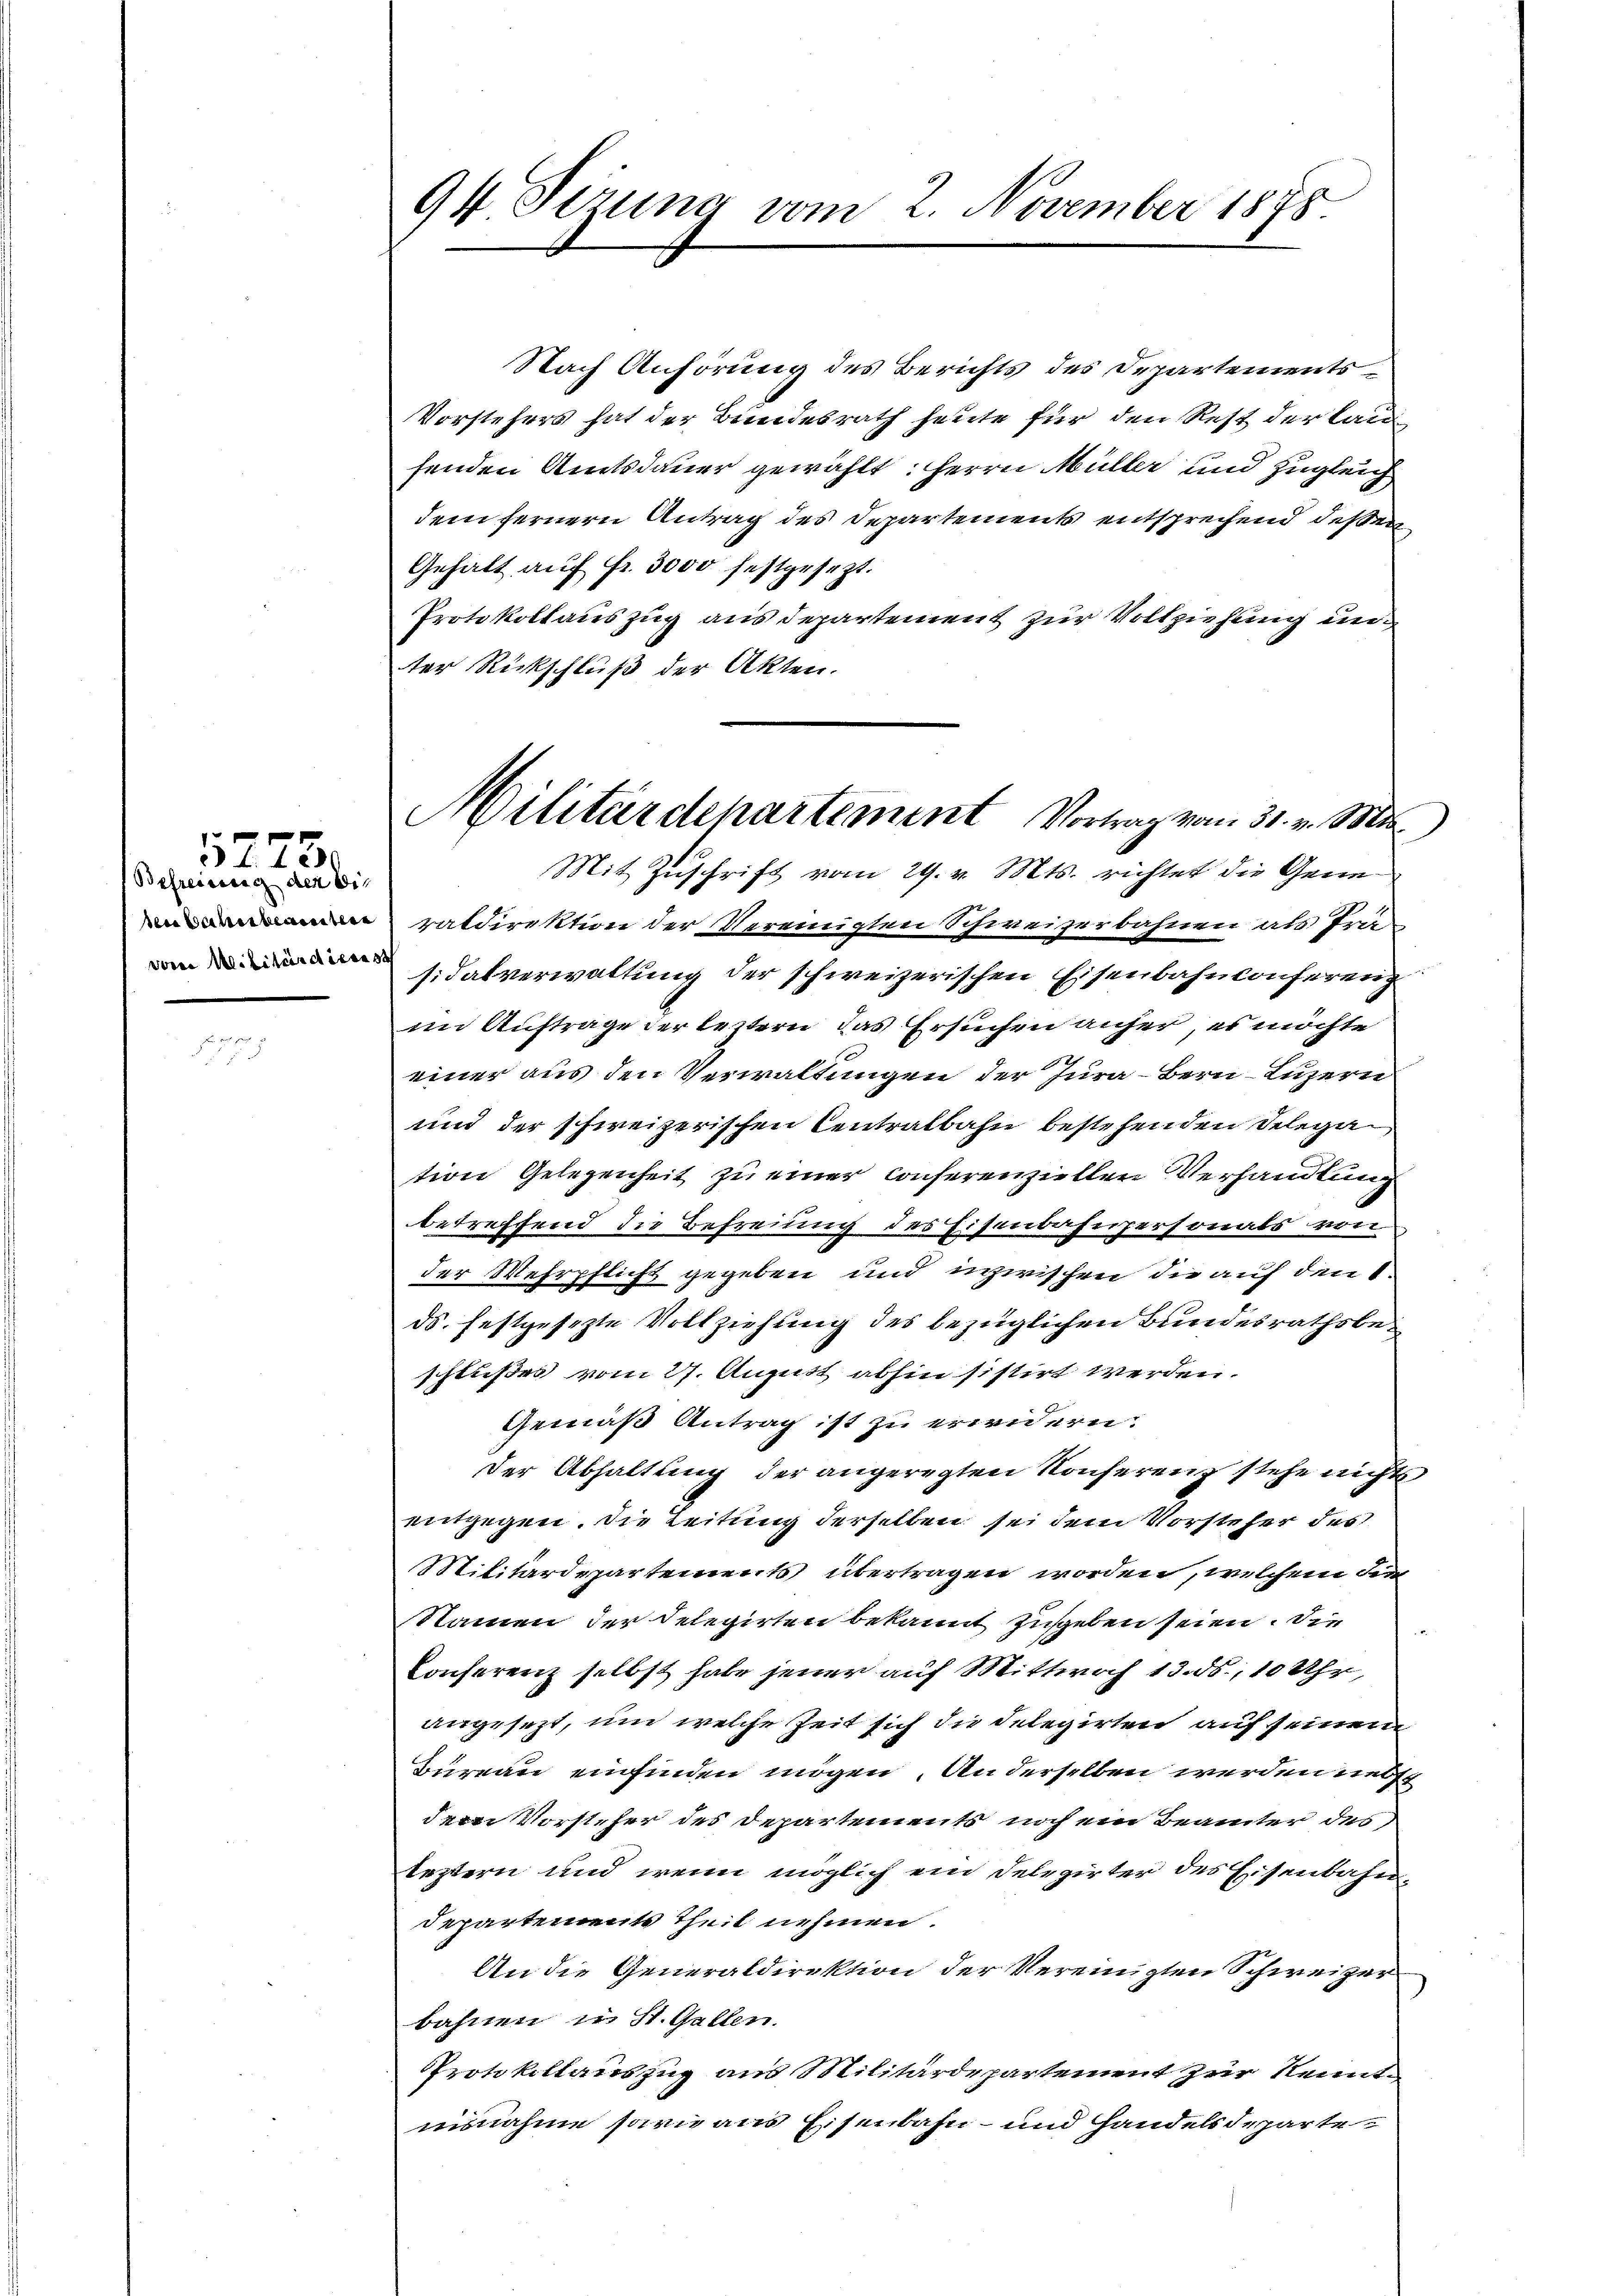
Befreiung der bis
sees Schreibeseitere

5273.

94. Sezung vom 2. November 1878.

Militärdepartement Vortrag vom 31. v. Mts.
Mit Zuschrift vom 29. v. Mts. richtet die Gene¬

Nach Anhörung des Berichts des Departements¬
Vorstehers hat der Bundesrath heute für den Rest der lau
fenden Amtsdauer gewählt: Herrn Müller und zugleich
dem fernern Antrag des Departements entsprechend deßen
Gehalt auf fr. 3000 festgesezt.
Protokollauszug aus Departement zur Vollziehung unter Rückschluß der Akten.
ratdirektion der Vereinigten Schweizerbahnen als Trasdatverwaltung der schweizerischen Eisenbahnkonferenz
im Auftrage der leztern das Ersuchen anher, es möchte
einer aus den Verwaltungen der Jura - Bern Luzern
und der schweizerischen Centralbahn bestehenden Delegation Gelegenheit zu einer conferenziellen Verhandlung
betreffend die Befreiung des Eisenbahnpersonats von
der Wehrpflicht gegeben und inzwischen die auf den 1
ds. festgesezte Vollziehung des bezüglichen Bundesrathsbeschlußes vom 27. August abhin sistirt werden.
Gemäß Antrag ist zu erwidern.
Der Abhaltung der angeregten Konferenz stehe nichts
entgegen. Die Leitung derselben sei dem Vorsteher des
Militärdepartements übertragen worden, welchem die
Namen der Delegirten bekannt zugeben seien. Die
Conferenz selbst habe jener auf Mittwoch 13. ds., 10 Uhr,
angesezt, um welche Zeit sich die Delegirten auf seinem
Bureau einfinden mögen. An derselben werden nebst
dem Vorsteher des Departements noch ein Beamter des
leztern und wenn möglich ein Delegirter des Eisenbahn-
Departements Theil nehmen.
An die Generaldirektion der Vereinigten Schweizer
bahnen in St. Gallen.
Protokollauszug aus Militärdepartement zur Kenntisnahme sari aus Eisenbahn- und Handelsdeparte